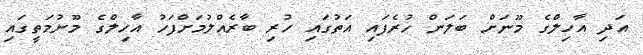
އަދި އާހިލްގެ މޫނަށް ބަލަން ހުރެފައި އަތުގައި ހުރި ބާރެއްލުމަށްފަހު އާހިލްގެ މޫނުމަތީގައި